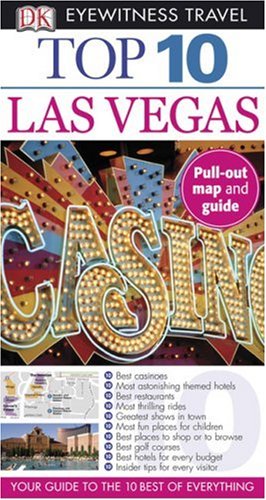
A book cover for Top 10 Las Vegas (Eyewitness Top 10 Travel Guides); Connie Emerson; Travel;